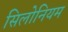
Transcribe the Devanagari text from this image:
सिलोनियम